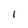
Character: 1